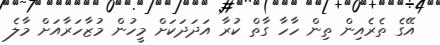
އޭގެ ތެރެއިން ތިން ހާހާ ގާތް ކުރާ އަދަދަކަށް މީހުން މުޒާހަރާއަށް މާލެ